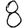
Digit: 8